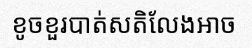
ខូចខួរបាត់សតិលែងអាច